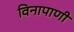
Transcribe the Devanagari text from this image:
विनापाणी